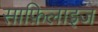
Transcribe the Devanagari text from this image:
साफ़िलाइज